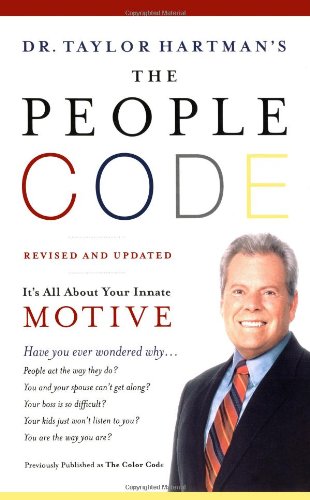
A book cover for The People Code: It's All About Your Innate Motive; Ph.D. Taylor Hartman Ph.D.; Health, Fitness & Dieting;